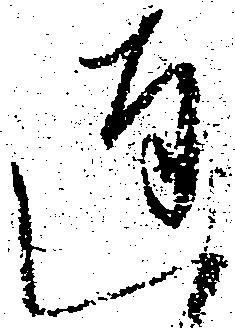
達